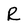
Character: R